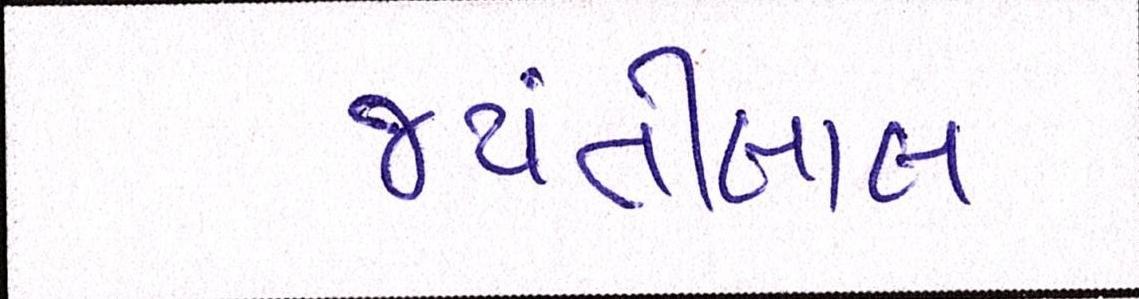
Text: જયંતીલાલ